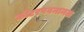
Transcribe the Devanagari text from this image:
कोटरपवनानल